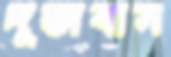
দূতাবাস